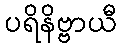
ပရိနိဗ္ဗာယီ